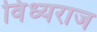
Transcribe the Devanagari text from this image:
विंध्यराज